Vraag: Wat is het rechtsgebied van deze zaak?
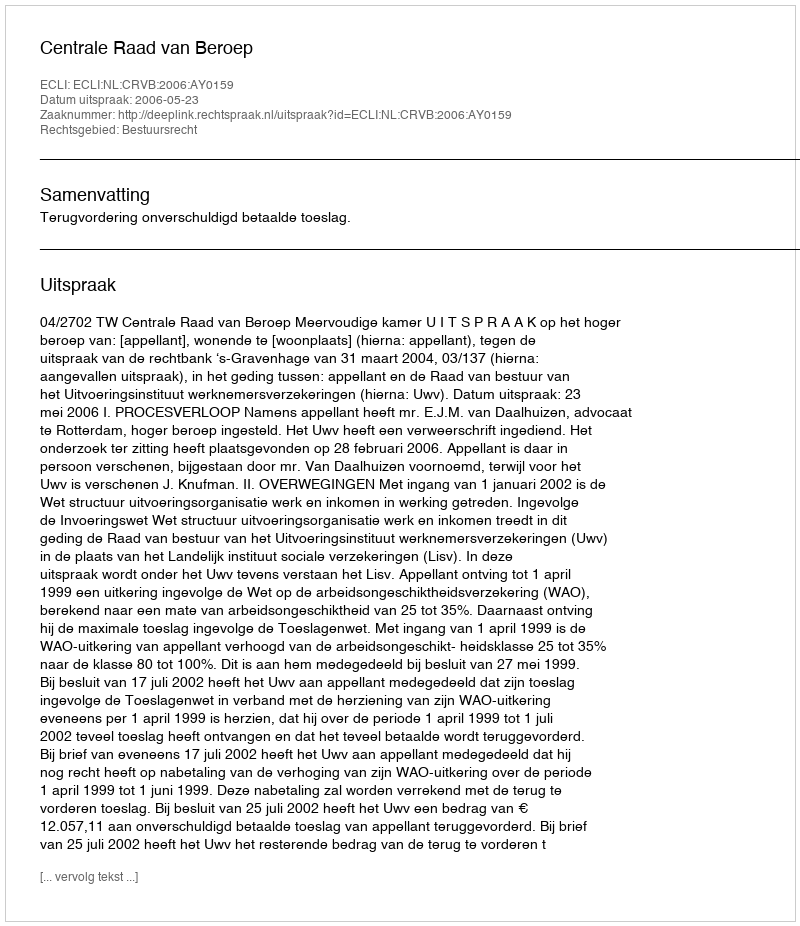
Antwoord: Bestuursrecht